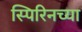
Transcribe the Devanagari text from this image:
स्पिरिनच्या